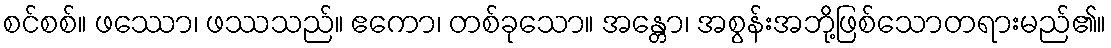
စင်စစ်။ ဖဿော၊ ဖဿသည်။ ဧကော၊ တစ်ခုသော။ အန္တော၊ အစွန်းအဘို့ဖြစ်သောတရားမည်၏။